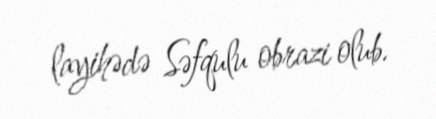
layihədə Səfqulu obrazi olub.